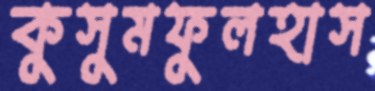
কুসুমফুলহাস